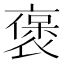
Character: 褒